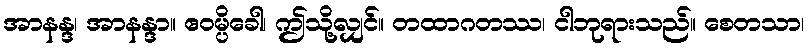
အာနန္ဒ၊ အာနန္ဒာ။ ဧဝမ္ပိခေါ၊ ဤသို့လျှင်။ တထာဂတဿ၊ ငါဘုရားသည်။ စေတသာ၊